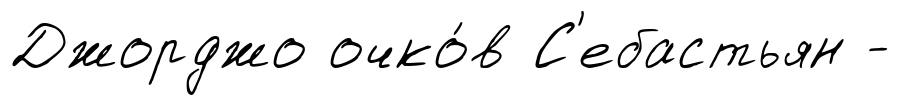
Джорджо очко́в С'ебастьян -